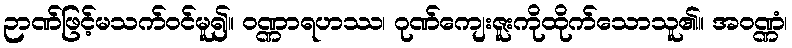
ဉာဏ်ဖြင့်မသက်ဝင်မူ၍။ ဝဏ္ဏာရဟဿ၊ ဂုဏ်ကျေးဇူးကိုထိုက်သောသူ၏။ အဝဏ္ဏံ၊